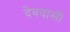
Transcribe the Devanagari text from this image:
देवदासीं